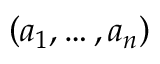
\left( a _ { 1 } , \ldots , a _ { n } \right)